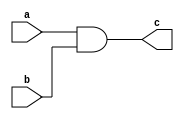
module and2(
	input wire a,
	input wire b,
	output wire c
);
assign c = a & b;
endmodule